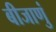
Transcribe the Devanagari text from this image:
बीजाणुं